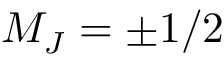
M _ { J } = \pm 1 / 2